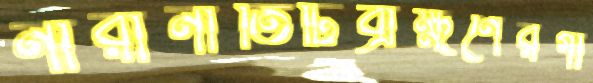
নারীনীতিটিব্রাহ্মণেরগাঁ